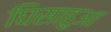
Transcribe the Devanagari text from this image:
घिसाहुआ